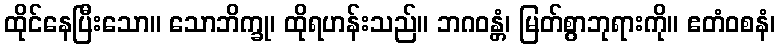
ထိုင်နေပြီးသော။ သောဘိက္ခု၊ ထိုရဟန်းသည်။ ဘဂဝန္တံ၊ မြတ်စွာဘုရားကို။ ဧတံဝစနံ၊